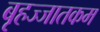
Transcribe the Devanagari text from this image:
बृहज्जातकम